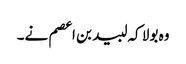
وہ بولا کہ لبید بن اعصم نے۔